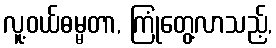
လူ့ဝယ်ဓမ္မတာ, ကြုံတွေ့လာသည့်,